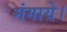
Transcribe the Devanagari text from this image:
मंगाये।